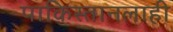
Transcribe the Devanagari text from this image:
पाकिस्तानलाही